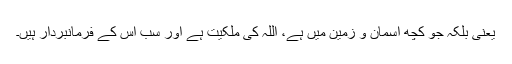
یعنی بلکہ جو کچھ آسمان و زمین میں ہے، اللہ کی ملکیت ہے اور سب اس کے فرمانبردار ہیں۔